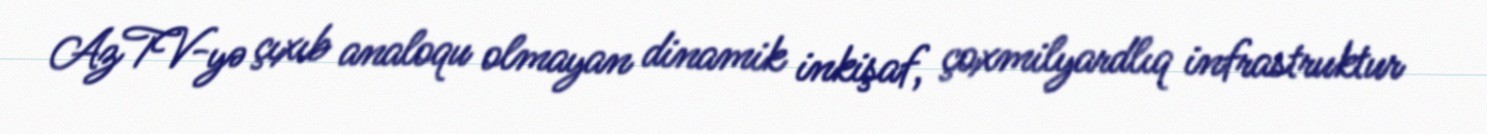
AzTV-yə çıxıb analoqu olmayan dinamik inkişaf, çoxmilyardlıq infrastruktur